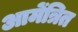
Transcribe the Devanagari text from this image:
आमेंत्रित